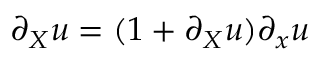
\partial _ { X } u = ( 1 + \partial _ { X } u ) \partial _ { x } u